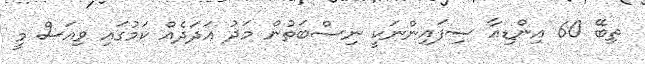
ތިބޭ 60 އިންޑިއާ ސިފައިންނަކީ ނިސްބަތުން މަދު އަދަދެއް ކަމުގައި ވިއަސް މީ